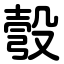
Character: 彀